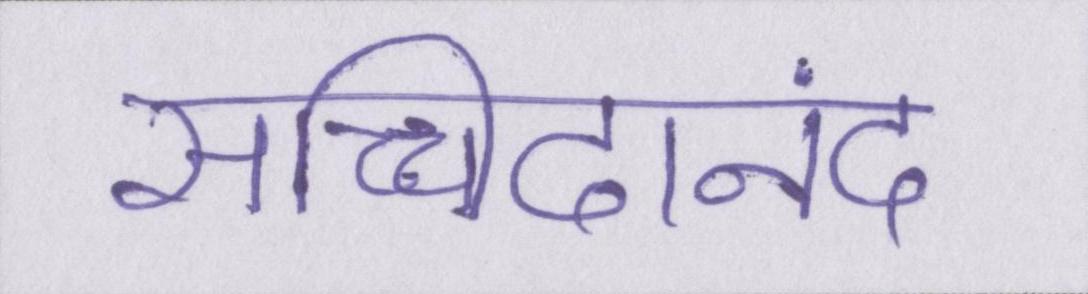
सच्चिदानंद